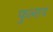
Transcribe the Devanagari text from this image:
फुलाय